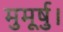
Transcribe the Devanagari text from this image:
मुमूर्षु।